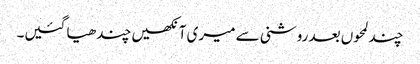
چند لمحوں بعد روشنی سے میری آنکھیں چندھیا گئیں۔